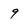
Character: 9